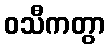
ဝသီကတွာ